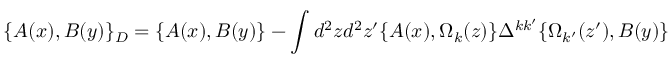
\{ A ( x ) , B ( y ) \} _ { D } = \{ A ( x ) , B ( y ) \} - \int d ^ { 2 } z d ^ { 2 } z ^ { \prime } \{ A ( x ) , \Omega _ { k } ( z ) \} \Delta ^ { k k ^ { \prime } } \{ \Omega _ { k ^ { \prime } } ( z ^ { \prime } ) , B ( y ) \}